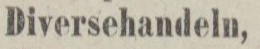
Diversehandeln,